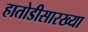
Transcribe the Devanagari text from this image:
हातोडीसारख्या